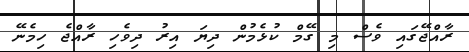
ރާއްޖޭގައި ވެސް މި ގޭމް ކުޅެމުން ދިޔަ އިރު ދިވެހި ރާއްޖެ ހިމެނޭ